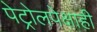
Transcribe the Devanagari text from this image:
पेट्रोलपेक्षाही